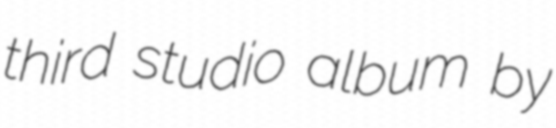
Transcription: third studio album by